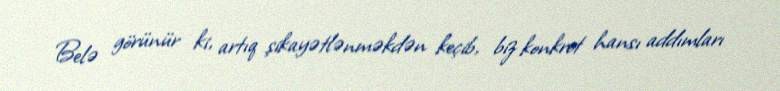
Belə görünür ki, artıq şikayətlənməkdən keçib, biz konkret hansı addımları